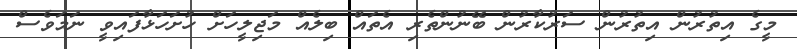
މީގެ އިތުރުން އިތުރުން ސަރުކާރުން ބޭނުންތެރި އެތައް ބިލެއް މަޖިލީހަށް ހުށަހަޅާފައިވީ ނަމަވެސް